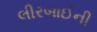
લીરબાઈની